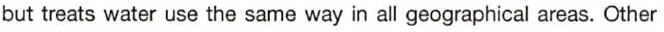
but treats water use the same way in all geographical areas. Other